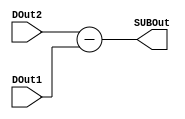
/* Module for 8-bit subtractor */
module subtractor(SUBOut, DOut2, DOut1);

/* Define I/O */
output [7:0]SUBOut;
input [7:0]DOut2;
input [7:0]DOut1;

assign SUBOut = DOut2 - DOut1;

endmodule